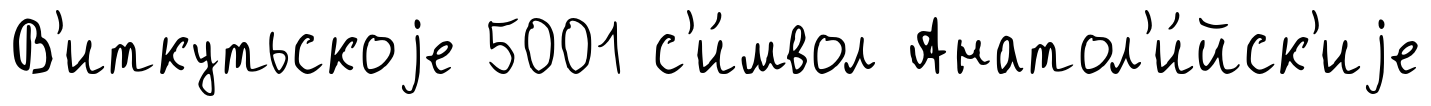
В'иткутьскоjе 5001 с'и́мвол Анатол'и́йск'иjе